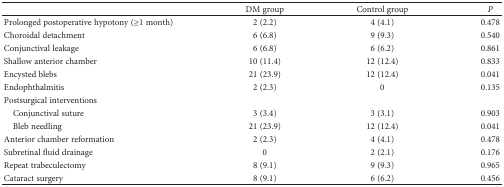
<table><thead><tr><td></td><td><b>DM group</b></td><td><b>Control group</b></td><td><b><i>P</i></b></td></tr></thead><tbody><tr><td>Prolonged postoperative hypotony (≥1 month)</td><td>2 (2.2)</td><td>4 (4.1)</td><td>0.478</td></tr><tr><td>Choroidal detachment</td><td>6 (6.8)</td><td>9 (9.3)</td><td>0.540</td></tr><tr><td>Conjunctival leakage</td><td>6 (6.8)</td><td>6 (6.2)</td><td>0.861</td></tr><tr><td>Shallow anterior chamber</td><td>10 (11.4)</td><td>12 (12.4)</td><td>0.833</td></tr><tr><td>Encysted blebs</td><td>21 (23.9)</td><td>12 (12.4)</td><td>0.041</td></tr><tr><td>Endophthalmitis</td><td>2 (2.3)</td><td>0</td><td>0.135</td></tr><tr><td colspan="4">Postsurgical interventions</td></tr><tr><td> Conjunctival suture</td><td>3 (3.4)</td><td>3 (3.1)</td><td>0.903</td></tr><tr><td> Bleb needling</td><td>21 (23.9)</td><td>12 (12.4)</td><td>0.041</td></tr><tr><td>Anterior chamber reformation</td><td>2 (2.3)</td><td>4 (4.1)</td><td>0.478</td></tr><tr><td>Subretinal fluid drainage</td><td>0</td><td>2 (2.1)</td><td>0.176</td></tr><tr><td>Repeat trabeculectomy</td><td>8 (9.1)</td><td>9 (9.3)</td><td>0.965</td></tr><tr><td>Cataract surgery</td><td>8 (9.1)</td><td>6 (6.2)</td><td>0.456</td></tr></tbody></table>